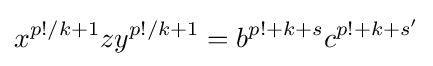
x^{p!/k+1}zy^{p!/k+1}=b^{p!+k+s}c^{p!+k+s'}